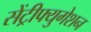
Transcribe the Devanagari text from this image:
सेंट्रीफ्युगेशन